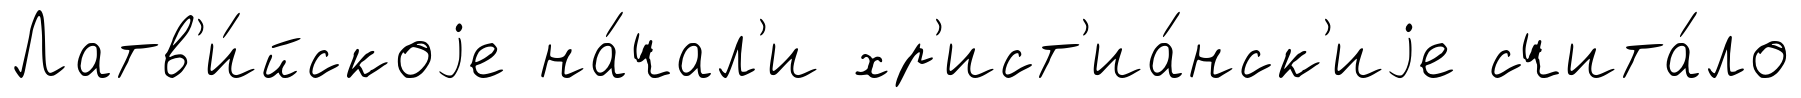
Латв'и́йскоjе на́чал'и хр'ист'иа́нск'иjе счита́ло